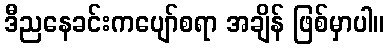
ဒီညနေခင်းကပျော်စရာ အချိန် ဖြစ်မှာပါ။